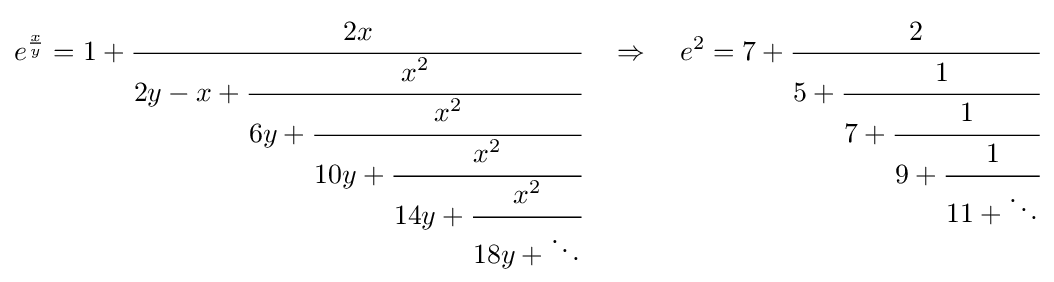
e^{\frac {x}{y}}=1+{\cfrac {2x}{2y-x+{\cfrac {x^{2}}{6y+{\cfrac {x^{2}}{10y+{\cfrac {x^{2}}{14y+{\cfrac {x^{2}}{18y+\ddots }}}}}}}}}}\quad \Rightarrow \quad e^{2}=7+{\cfrac {2}{5+{\cfrac {1}{7+{\cfrac {1}{9+{\cfrac {1}{11+\ddots }}}}}}}}